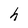
Character: h